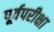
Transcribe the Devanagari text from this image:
पूर्वपरीक्षा